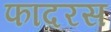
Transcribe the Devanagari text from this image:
फादरस